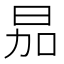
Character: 𪰘